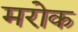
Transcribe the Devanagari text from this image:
मरोक